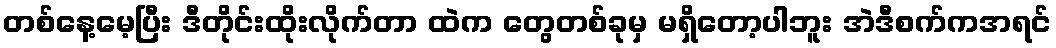
တစ်နေ့မေ့ပြီး ဒီတိုင်းထိုးလိုက်တာ ထဲက တွေတစ်ခုမှ မရှိတော့ပါဘူး အဲဒီစက်ကအရင်